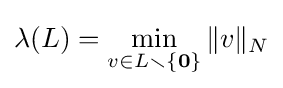
\lambda (L)=\min _{v\in L\smallsetminus \{\mathbf {0} \}}\|v\|_{N}